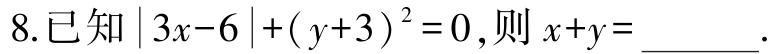
8.已知\(\vert 3x - 6\vert+(y + 3)^{2}=0\)，则\(x + y =\underline{\quad\quad}\).